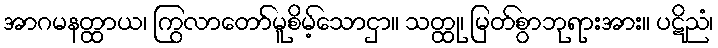
အာဂမနတ္ထာယ၊ ကြွလာတော်မူစိမ့်သောငှာ။ သတ္ထု၊ မြတ်စွာဘုရားအား။ ပဋိညံ၊